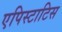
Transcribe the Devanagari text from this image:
एपिस्टाटिस